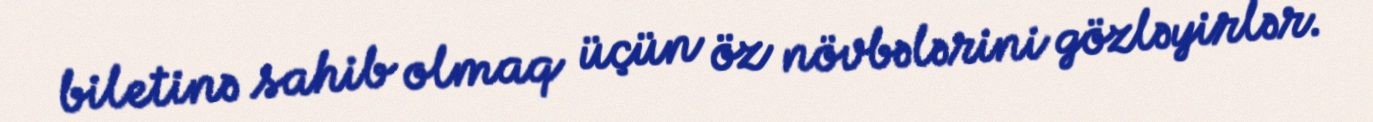
biletinə sahib olmaq üçün öz növbələrini gözləyirlər.